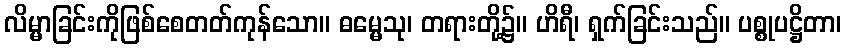
လိမ္မာခြင်းကိုဖြစ်စေတတ်ကုန်သော။ ဓမ္မေသု၊ တရားတို့၌။ ဟိရီ၊ ရှက်ခြင်းသည်။ ပစ္စုပဋ္ဌိတာ၊